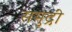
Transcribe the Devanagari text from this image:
समुद्रीं